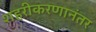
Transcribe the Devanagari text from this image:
शहरीकरणानंतर